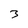
Character: 3